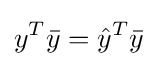
y^{T}{\bar {y}}={\hat {y}}^{T}{\bar {y}}